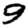
Digit: 9